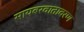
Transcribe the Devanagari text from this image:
सायबरवातावरण